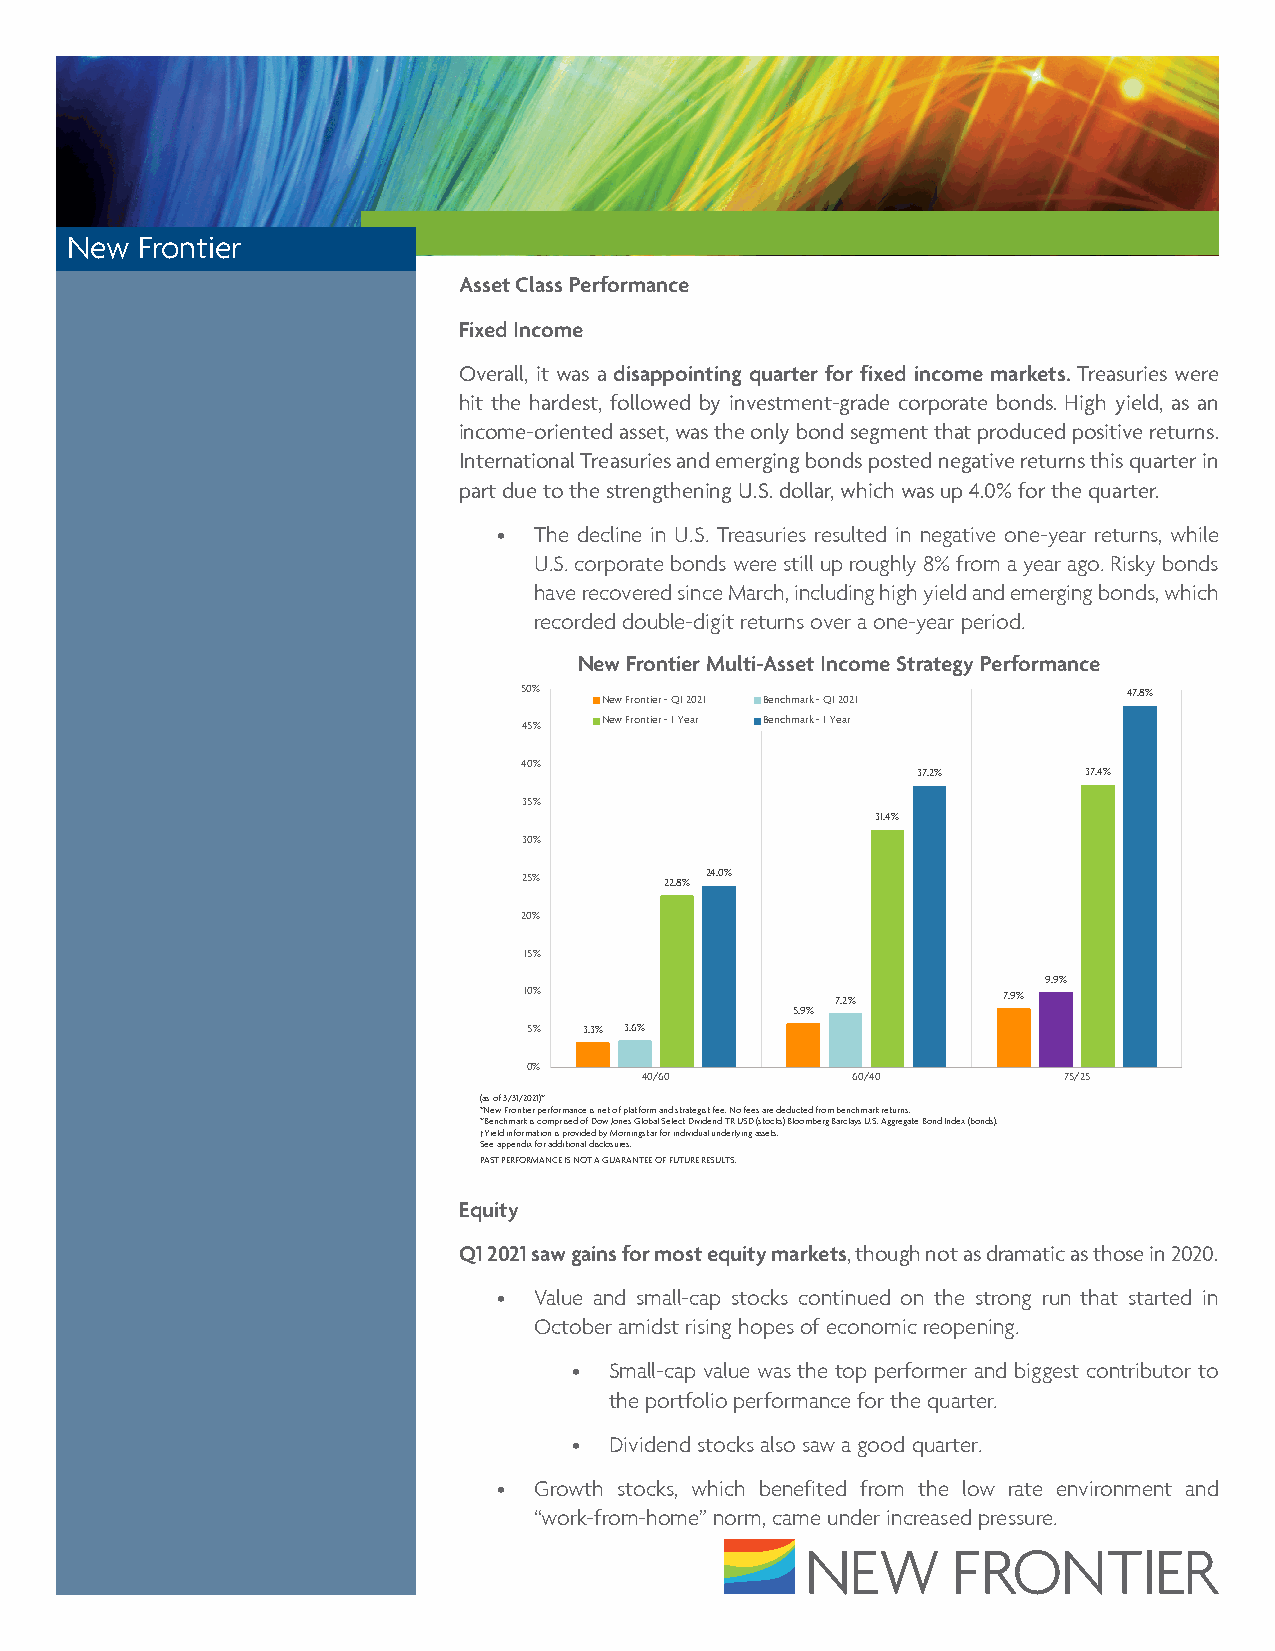
New  Frontier
 Asset Class Performance
 Fixed Income
 Overall, it was a disappointing quarter for fixed income markets. Treasuries were
 hit the hardest, followed by investment-grade corporate bonds. High yield, as an
 income-oriented asset, was the only bond segment that produced positive returns.
 International Treasuries and emerging bonds posted negative returns this quarter in
 part due to the strengthening U.S. dollar, which was up 4.0% for the quarter.
 • The decline in U.S. Treasuries resulted in negative one-year returns, while
 U.S. corporate bonds were still up roughly 8% from a year ago. Risky bonds
 have recovered since March, including high yield and emerging bonds, which
 recorded double-digit returns over a one-year period.
 New Frontier Multi-Asset Income Strategy Performance
 50%                                     47.8%
 New Frontier - Q1 2021 Benchmark - Q1 2021
 45%  New Frontier - 1 Year Benchmark - 1 Year
 40%
 37.2%      37.4%
 35%
 31.4%
 30%
 25%      22.8% 24.0%
 20%
 15%
 9.9%
 10%                 7.2%       7.9%
 5.9%
 5%  3.3% 3.6%
 0%
 40/60         60/40         75/25
 (as of 3/31/2021)*
 *New Frontier performance is net of platform and strategist fee. No fees are deducted from benchmark returns.
 *Benchmark is comprised of Dow Jones Global Select Dividend TR USD (stocks) Bloomberg Barclays U.S. Aggregate Bond Index (bonds).
 †Yield information is provided by Morningstar for individual underlying assets.
 See appendix for additional disclosures.
 PAST PERFORMANCE IS NOT A GUARANTEE OF FUTURE RESULTS.
 Equity
 Q1 2021 saw gains for most equity markets, though not as dramatic as those in 2020.
 • Value and small-cap stocks continued on the strong run that started in
 October amidst rising hopes of economic reopening.
 • Small-cap value was the top performer and biggest contributor to
 the portfolio performance for the quarter.
 • Dividend stocks also saw a good quarter.
 • Growth stocks, which benefited from the low rate environment and
 “work-from-home” norm, came under increased pressure.